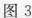
图2